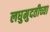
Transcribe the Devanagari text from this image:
लघुमुदतीच्‍या